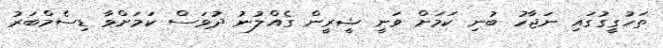
ތަހުގީގުގައި ނަޖާހު ބުނި ކަމަށް ވަނީ ޝީރީން ގެއްލުނު ދުވަސް ކަމަށްވާ ޑިސެމްބަރު